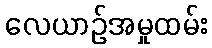
လေယာဉ်အမှုထမ်း